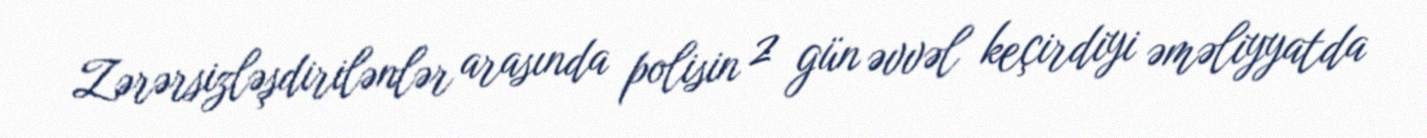
Zərərsizləşdirilənlər arasında polisin 2 gün əvvəl keçirdiyi əməliyyatda